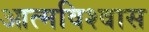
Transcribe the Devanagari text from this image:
आत्‍मविश्‍वास